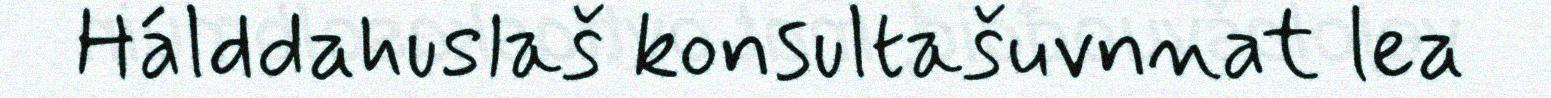
Hálddahuslaš konsultašuvnnat lea